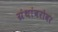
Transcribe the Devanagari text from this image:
ग्रंथांबरोबर